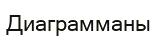
Диаграмманы